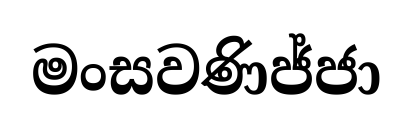
මංසවණිජ්ජා